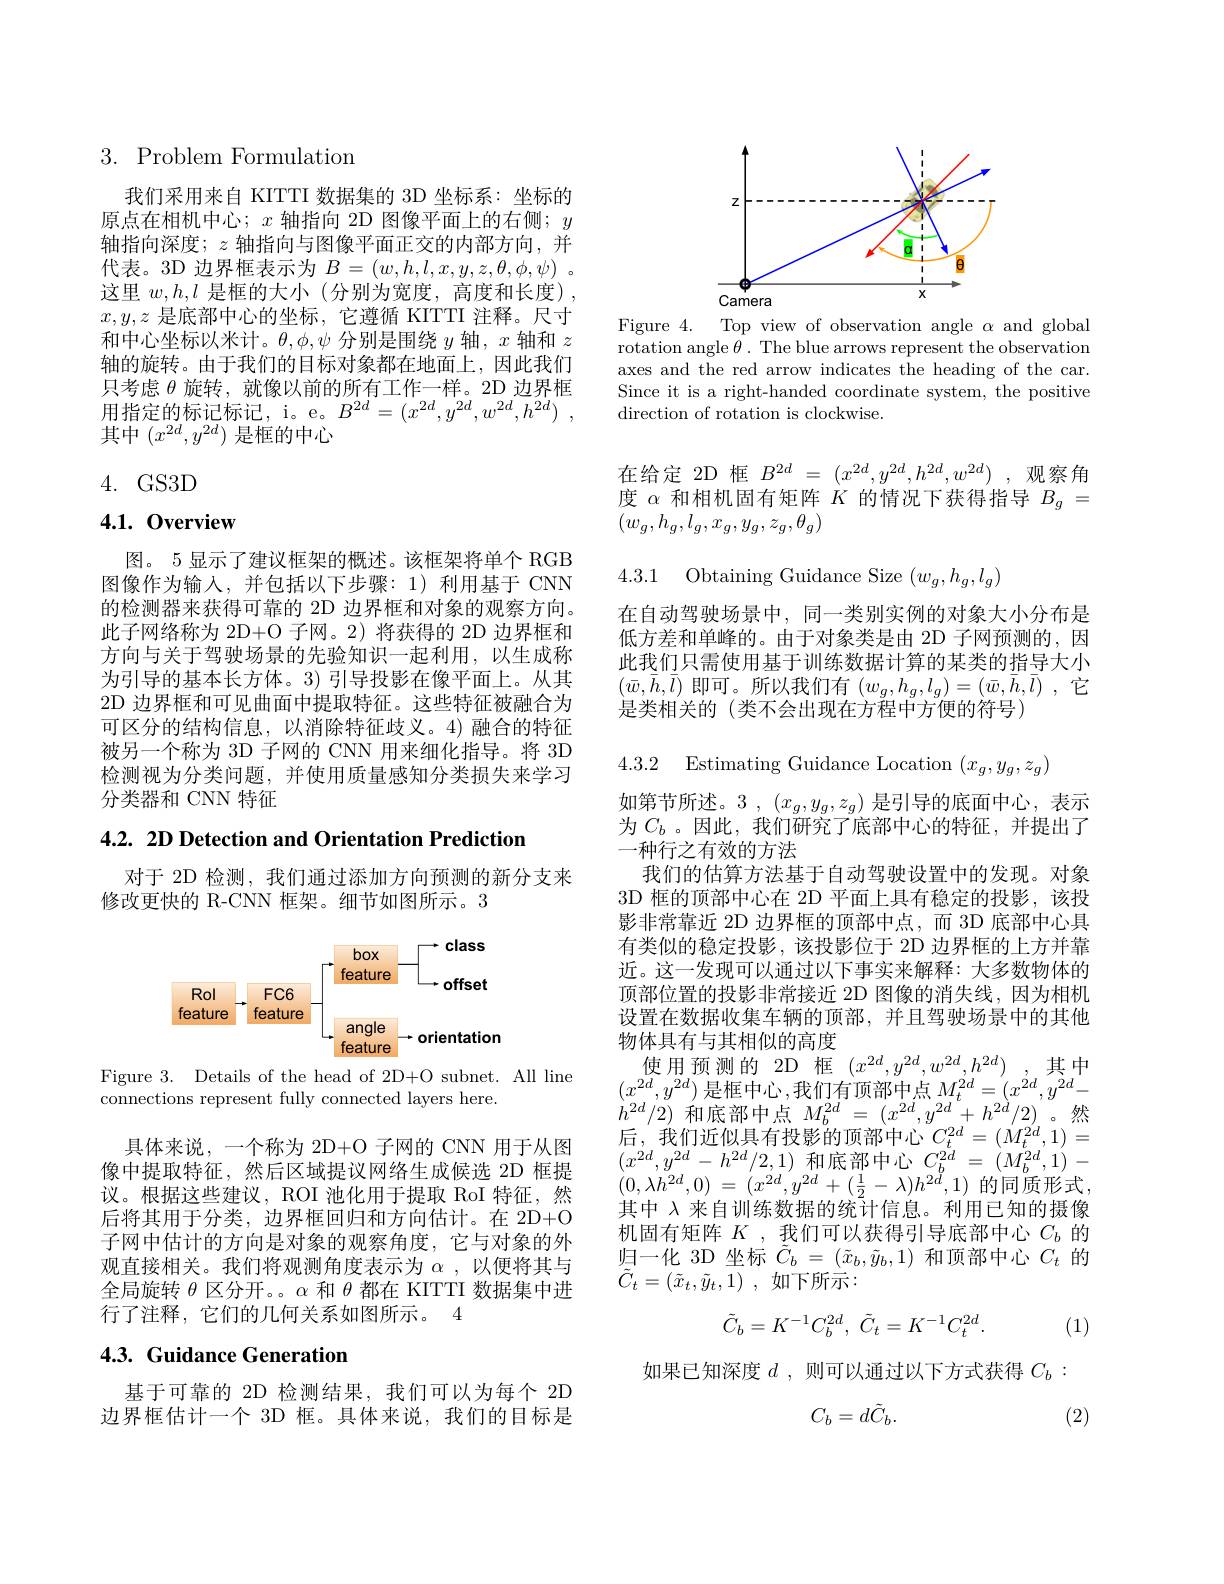
# $3.{\mathrm{~Problem~Formulation}}$

我们采用来自 KITTI 数据集的 3D 坐标系：坐标的原点在相机中心；$x$轴指向 2D 图像平面上的右侧；$y$ 轴指向深度；$z$轴指向与图像平面正交的内部方向，并代表。3D 边界框表示为$B=(w,h,l,x,y,z,\theta,\phi,\psi)$ 。这里$w,h,l$是框的大小(分别为宽度，高度和长度), $x,y,z$是底部中心的坐标，它遵循 KITTI 注释。尺寸和中心坐标以米计。$\theta,\phi,\psi$分别是围绕$y$轴$,x$轴和$z$ 轴的旋转。由于我们的目标对象都在地面上，因此我们只考虑$\theta$旋转，就像以前的所有工作一样。2D 边界框用指定的标记标记，i。e。$B^2d=(x^{2d},y^{2d},w^{2d},h^{2d})~$, 其中$(x^{2d},y^{2d})$ 是框的中心

# 4. GS3D

## 4.1.0verview

图。5 显示了建议框架的概述。该框架将单个 RGB 图像作为输入，并包括以下步骤：1)利用基于 CNN 的检测器来获得可靠的 2D 边界框和对象的观察方向。此子网络称为 2D+O 子网。2) 将获得的 2D 边界框和方向与关于驾驶场景的先验知识一起利用，以生成称为引导的基本长方体。3) 引导投影在像平面上。从其2D 边界框和可见曲面中提取特征。这些特征被融合为可区分的结构信息，以消除特征歧义。4)融合的特征被另一个称为 3D 子网的 CNN 用来细化指导。将 3D 检测视为分类问题，并使用质量感知分类损失来学习分类器和 CNN 特征

$4.2.2DDetectionandOrientationPrediction$

对于 2D 检测，我们通过添加方向预测的新分支来
修改更快的 R-CNN 框架。细节如图所示。3

<FigureHere>

Figure 3. Details of the head of 2D+O subnet. All line
connections represent fully connected layers here.

具体来说，一个称为 2D+O 子网的 CNN 用于从图像中提取特征，然后区域提议网络生成候选 2D 框提议。根据这些建议，ROI 池化用于提取 RoI 特征，然后将其用于分类，边界框回归和方向估计。在 2D+O 子网中估计的方向是对象的观察角度，它与对象的外观直接相关。我们将观测角度表示为$\alpha$ ,以便将其与全局旋转$\theta$区分开。。$\alpha$和$\theta$都在 KITTI 数据集中进行了注释，它们的几何关系如图所示。4

## 4.3. Guidance Generation

基于可靠的 2D 检测结果，我们可以为每个 2D 边界框估计一个 3D 框。具体来说，我们的目标是

<FigureHere>

Figure 4. Top view of observation angle $\alpha$ and global rotation angle $\theta.$ The blue arrows represent the observation axes and the red arrow indicates the heading of the car. Since it is a right-handed coordinate system, the positive direction of rotation is clockwise.

在给定 2D 框$B^{2d}=(x^{2d},y^{2d},h^{2d},w^{2d})$ ,观察角度$\alpha$和相机固有矩阵$K$的情况下获得指导$B_g=$ $(w_g,h_g,l_g,x_g,y_g,z_g,\theta_g)$

4.3.1 Obtaining Guidance Size $(w_g,h_g,l_g)$

在自动驾驶场景中，同一类别实例的对象大小分布是低方差和单峰的。由于对象类是由 2D 子网预测的，因此我们只需使用基于训练数据计算的某类的指导大小$(\bar{w},\bar{h},\bar{l})$ 即可。所以我们有$(w_g,h_g,l_g)=(\bar{w},\bar{h},\bar{l})$ ,它是类相关的(类不会出现在方程中方便的符号)

4.3.2 Estimating Guidance Location $(x_g,y_g,z_g)$

如第节所述。3 , $(x_g,y_g,z_g)$是引导的底面中心，表示为$C_b$ 。因此，我们研究了底部中心的特征，并提出了一种行之有效的方法
我们的估算方法基于自动驾驶设置中的发现。对象3D 框的顶部中心在 2D 平面上具有稳定的投影，该投影非常靠近 2D 边界框的顶部中点，而 3D 底部中心具有类似的稳定投影，该投影位于 2D 边界框的上方并靠近。这一发现可以通过以下事实来解释：大多数物体的顶部位置的投影非常接近 2D 图像的消失线，因为相机设置在数据收集车辆的顶部，并且驾驶场景中的其他物体具有与其相似的高度
使用预测的 2D 框$(x^{2d},y^{2d},w^{2d},h^{2d})$ ,其中$\begin{array}{l}{(x^{2d},y^{2d})\text{ 是框中心},我们有顶部中点M_{t}^{2d}=(x^{2d},y^{2d}-}\\{h^{2d}/2)\text{ 和底部中点 }M_{b}^{2d}=(x^{2d},y^{2d}+h^{2d}/2)\text{。然}}\end{array}$ 后，我们近似具有投影的顶部中心$C_t^{2d}=(\dot{M}_t^{2d},1)=$ $(x^{2d},y^{2d}-h^{2d}/2,1)$和底部中心$C_b^{2d}=(M_b^{2d},1)-$ $( 0, \lambda h^{2d}, 0)$ = $( x^{2d}, y^{2d}+ ( \frac 12- \lambda ) h^{2d}, 1)$ 的同质形式， 其中 入来自训练数据的统计信息。利用已知的摄像机固有矩阵$K$ , 我们可以获得引导底部中心$C_b$的归一化 3D 坐标$\tilde{C}_b=(\tilde{x}_b,\tilde{y}_b,1)$和顶部中心$C_t$的$\tilde{C} _{t}= ( \tilde{x} _{t}, \tilde{y} _{t}, 1)$ ,如下所示：
$$\tilde{C}_{b}=K^{-1}C_{b}^{2d},\:\tilde{C}_{t}=K^{-1}C_{t}^{2d}.$$
(1)

如果已知深度$d$ ,则可以通过以下方式获得$C_b:$
$$C_b=d\tilde{C}_b.$$
(2)